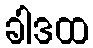
ခါဒထ